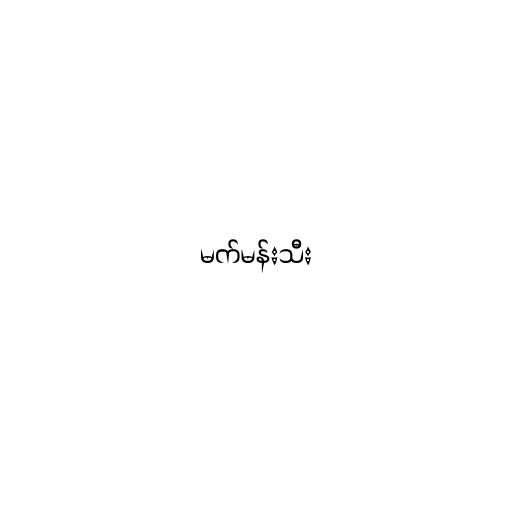
မက်မန်းသီး